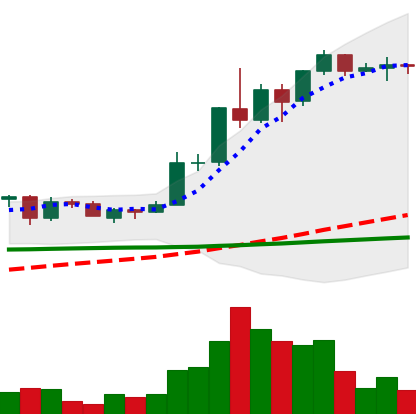
Ticker: ADA-USD
Chart end date: 2020-06-08
Forward return: -8.564%
Label: down_7plus